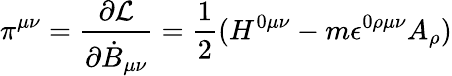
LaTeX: \pi^{\mu\nu}=\frac{\partial{\cal L}}{\partial{\dot{B}}_{\mu\nu}}=\frac{1}{2}(H^{0\mu\nu}-m\epsilon^{0\rho\mu\nu}A_{\rho})